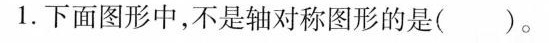
1.下面图形中，不是轴对称图形的是( )。